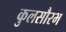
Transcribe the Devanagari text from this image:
कुलसौरभ